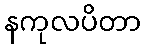
နကုလပိတာ